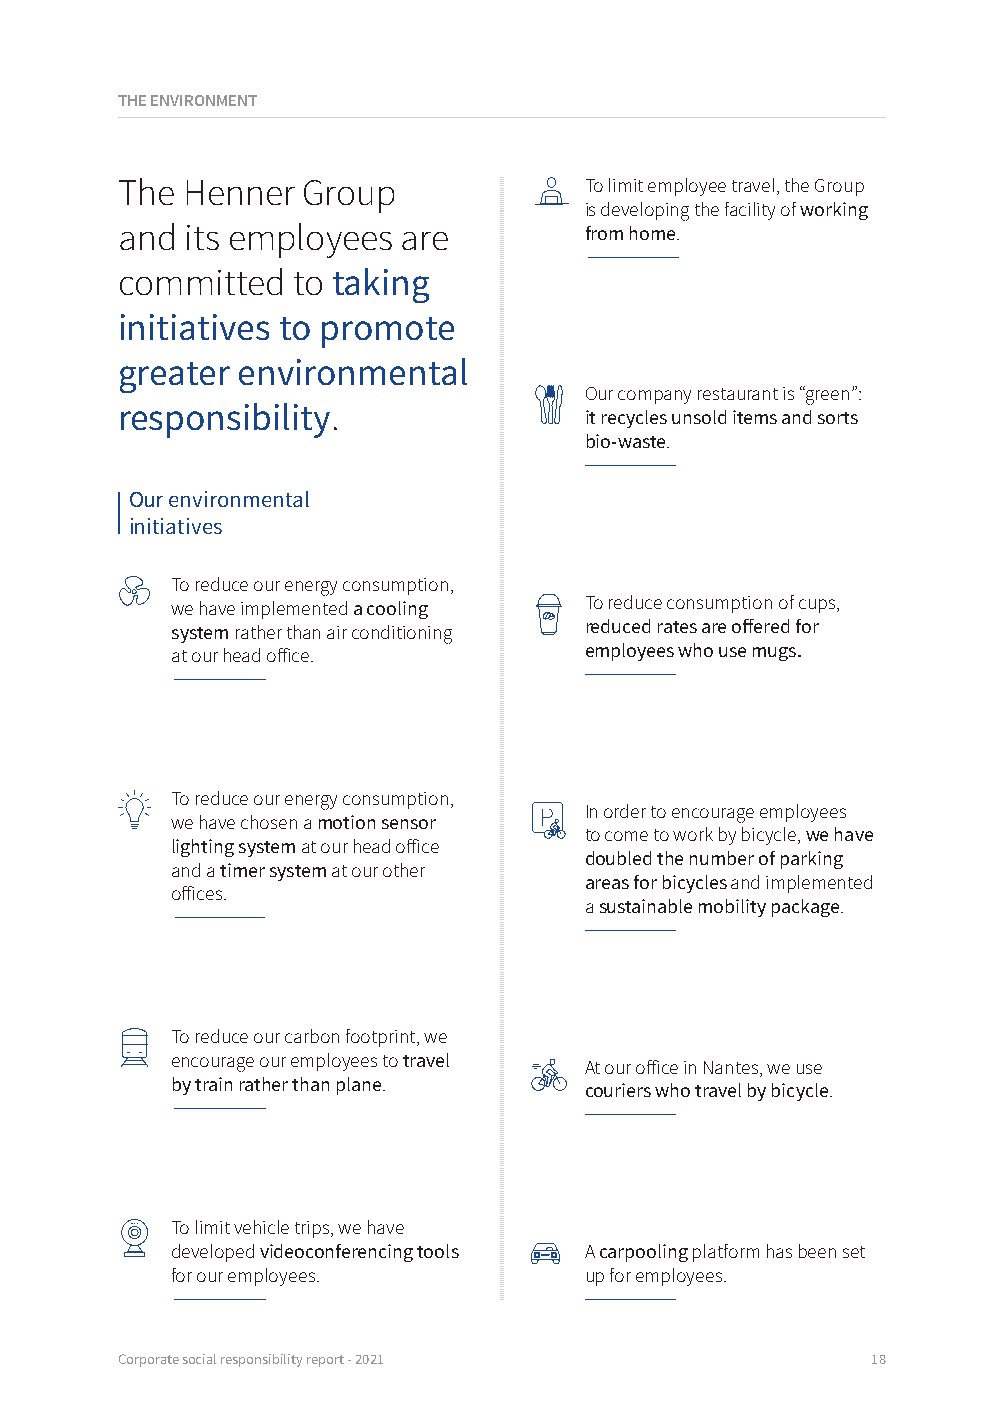
THE ENVIRONMENT
 The Henner  Group              To limit employee travel, the Group
 is developing the facility of working
 and its employees  are         from home.
 committed  to taking
 initiatives to promote
 greater environmental
 Our company restaurant is “green”:
 responsibility.
 it recycles unsold items and sorts
 bio-waste.
 Our environmental
 initiatives
 To reduce our energy consumption,
 we have implemented a cooling To reduce consumption of cups,
 system rather than air conditioning reduced rates are offered for
 at our head office.         employees who use mugs.
 To reduce our energy consumption,
 In order to encourage employees
 we have chosen a motion sensor
 to come to work by bicycle, we have
 lighting system at our head office
 doubled the number of parking
 and a timer system at our other
 areas for bicycles and implemented
 offices.
 a sustainable mobility package.
 To reduce our carbon footprint, we
 encourage our employees to travel At our office in Nantes, we use
 by train rather than plane. couriers who travel by bicycle.
 To limit vehicle trips, we have
 developed videoconferencing tools A carpooling platform has been set
 for our employees.          up for employees.
 Corporate social responsibility report - 2021     18